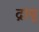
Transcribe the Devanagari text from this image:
द्रायू